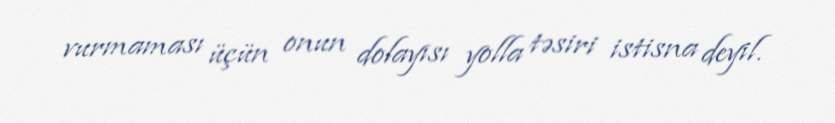
vurmaması üçün onun dolayısı yolla təsiri istisna deyil.